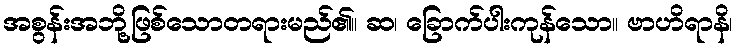
အစွန်းအဘို့ဖြစ်သောတရားမည်၏။ ဆ၊ ခြောက်ပါးကုန်သော။ ဗာဟိရာနိ၊